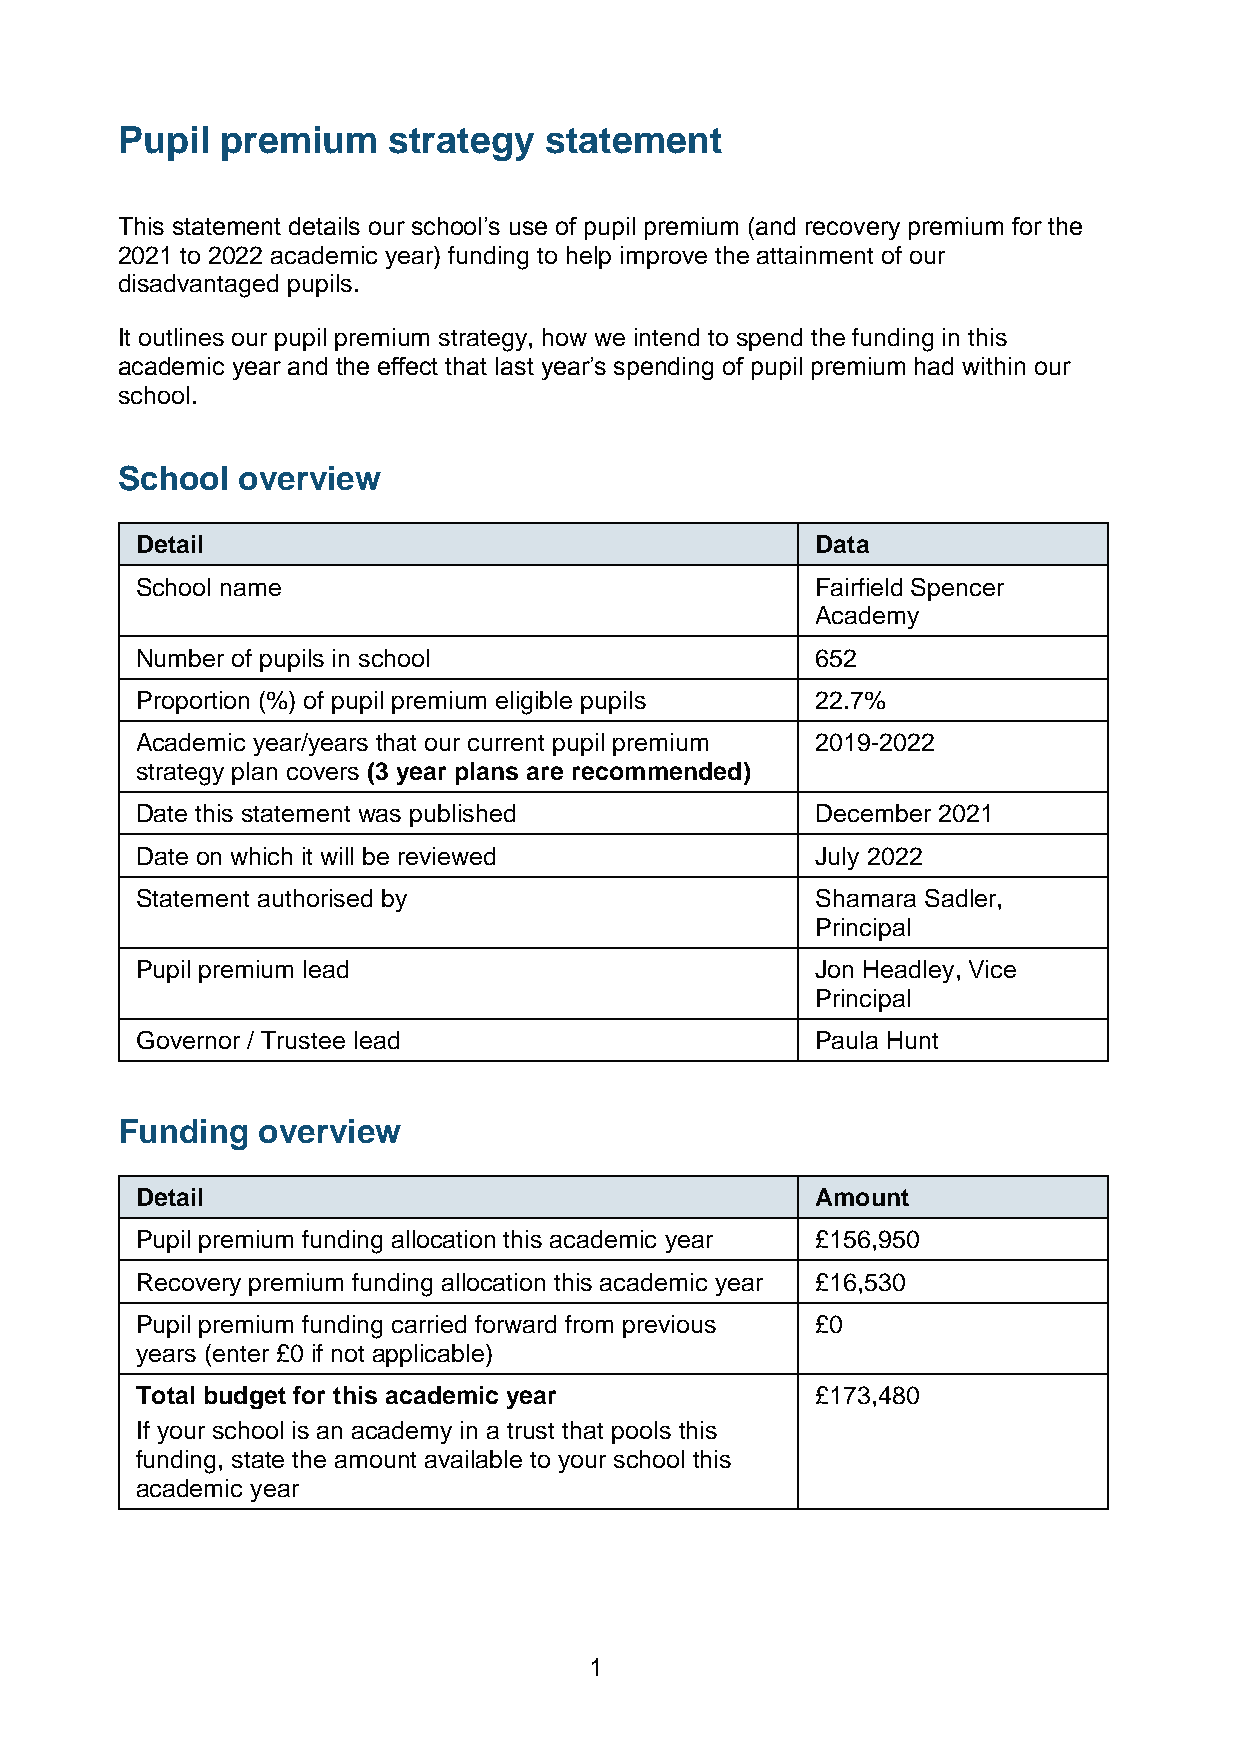
Pupil  premium    strategy  statement
 This statement details our school’s use of pupil premium (and recovery premium for the
 2021 to 2022 academic year) funding to help improve the attainment of our
 disadvantaged pupils.
 It outlines our pupil premium strategy, how we intend to spend the funding in this
 academic year and the effect that last year’s spending of pupil premium had within our
 school.
 School  overview
 Detail                                       Data
 School name                                  Fairfield Spencer
 Academy
 Number of pupils in school                   652
 Proportion (%) of pupil premium eligible pupils 22.7%
 Academic year/years that our current pupil premium 2019-2022
 strategy plan covers (3 year plans are recommended)
 Date this statement was published            December 2021
 Date on which it will be reviewed            July 2022
 Statement authorised by                      Shamara Sadler,
 Principal
 Pupil premium lead                           Jon Headley, Vice
 Principal
 Governor / Trustee lead                      Paula Hunt
 Funding  overview
 Detail                                       Amount
 Pupil premium funding allocation this academic year £156,950
 Recovery premium funding allocation this academic year £16,530
 Pupil premium funding carried forward from previous £0
 years (enter £0 if not applicable)
 Total budget for this academic year          £173,480
 If your school is an academy in a trust that pools this
 funding, state the amount available to your school this
 academic year
 1